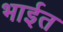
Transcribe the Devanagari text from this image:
भाईत